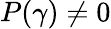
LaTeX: P(\gamma)\neq 0